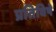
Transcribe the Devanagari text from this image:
प्रतिविषे